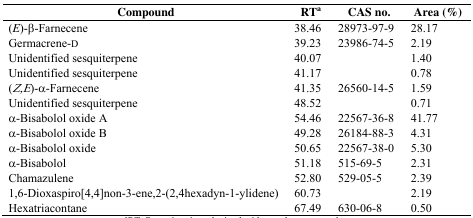
| Compound | RTa | CAS no. | Area (%) |
 | --- | --- | --- | --- |
 | (E)-β-Farnecene | 38.46 | 28973-97-9 | 28.17 |
 | Germacrene-d | 39.23 | 23986-74-5 | 2.19 |
 | Unidentified sesquiterpene | 40.07 |  | 1.40 |
 | Unidentified sesquiterpene | 41.17 |  | 0.78 |
 | (Z,E)-α-Farnecene | 41.35 | 26560-14-5 | 1.59 |
 | Unidentified sesquiterpene | 48.52 |  | 0.71 |
 | α-Bisabolol oxide A | 54.46 | 22567-36-8 | 41.77 |
 | α-Bisabolol oxide B | 49.28 | 26184-88-3 | 4.31 |
 | α-Bisabolol oxide | 50.65 | 22567-38-0 | 5.30 |
 | α-Bisabolol | 51.18 | 515-69-5 | 2.31 |
 | Chamazulene | 52.80 | 529-05-5 | 2.39 |
 | 1,6-Dioxaspiro[4,4]non-3-ene,2-(2,4hexadyn-1-ylidene) | 60.73 |  | 2.19 |
 | Hexatriacontane | 67.49 | 630-06-8 | 0.50 |